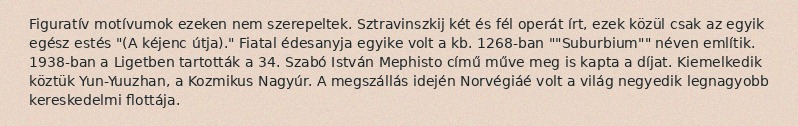
Figuratív motívumok ezeken nem szerepeltek. Sztravinszkij két és fél operát írt, ezek közül csak az egyik egész estés "(A kéjenc útja)." Fiatal édesanyja egyike volt a kb. 1268-ban ""Suburbium"" néven említik. 1938-ban a Ligetben tartották a 34. Szabó István Mephisto című műve meg is kapta a díjat. Kiemelkedik köztük Yun-Yuuzhan, a Kozmikus Nagyúr. A megszállás idején Norvégiáé volt a világ negyedik legnagyobb kereskedelmi flottája.